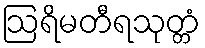
ဩရိမတီရသုတ္တံ